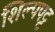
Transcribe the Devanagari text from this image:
शिल्पपट्ट